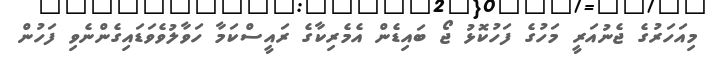
މިއަހަރުގެ ޖެނުއަރީ މަހުގެ ފަހުކޮޅު ޖޯ ބައިޑެން އެމެރިކާގެ ރައީސްކަމާ ހަވާލުވެވަޑައިގެންނެވި ފަހުން